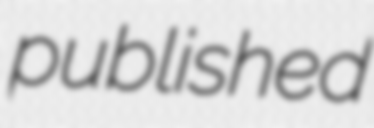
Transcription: published